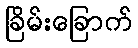
ခြိမ်းခြောက်